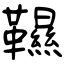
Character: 韅